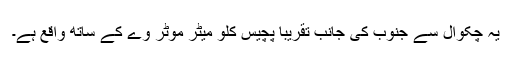
یہ چکوال سے جنوب کی جانب تقریباً پچیس کلو میٹر موٹر وے کے ساتھ واقع ہے۔